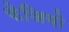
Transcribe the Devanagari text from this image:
फेजियो